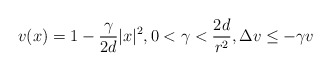
\begin{align*} v(x)=1-\frac{\gamma}{2d}|x|^2, 0<\gamma<\frac{2d}{r^2}, \Delta v\le -\gamma v\end{align*}